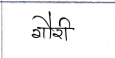
मजकूर: गौरी